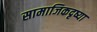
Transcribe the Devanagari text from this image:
सामाजिकदृष्या